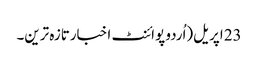
23 اپریل(اُردو پوائنٹ اخبارتازہ ترین۔